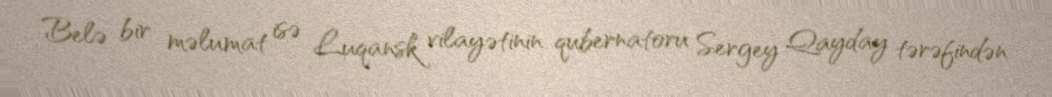
Belə bir məlumat isə Luqansk vilayətinin qubernatoru Sergey Qayday tərəfindən